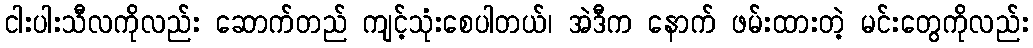
ငါးပါးသီလကိုလည်း ဆောက်တည် ကျင့်သုံးစေပါတယ်၊ အဲဒီက နောက် ဖမ်းထားတဲ့ မင်းတွေကိုလည်း